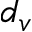
d _ { v }